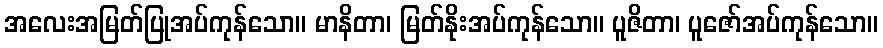
အလေးအမြတ်ပြုအပ်ကုန်သော။ မာနိတာ၊ မြတ်နိုးအပ်ကုန်သော။ ပူဇိတာ၊ ပူဇော်အပ်ကုန်သော။